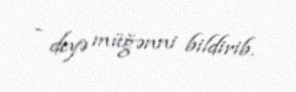
- deyə müğənni bildirib.